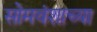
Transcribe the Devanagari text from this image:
सोमवंशाच्या